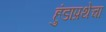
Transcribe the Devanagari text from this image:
हुंडाप्रथेचा